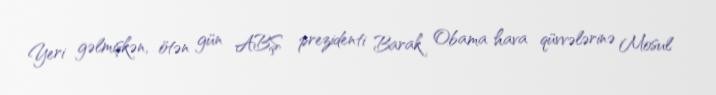
Yeri gəlmişkən, ötən gün ABŞ prezidenti Barak Obama hava qüvvələrinə Mosul